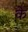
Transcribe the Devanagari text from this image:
के